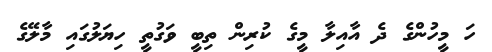
ހަ މީހުންގެ ދެ އާއިލާ މީގެ ކުރިން ތިބީ ވަގުތީ ހިޔަލުގައި މާލޭގެ